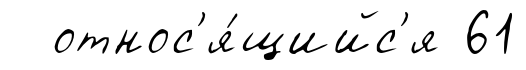
относ'я́щийс'я 61